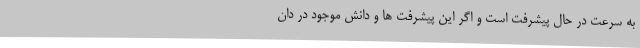
به سرعت در حال پیشرفت است و اگر این پیشرفت ها و دانش موجود در دان